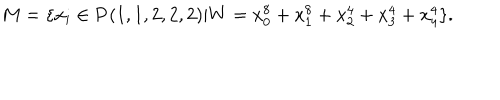
LaTeX: M = \{ x _ { i } \in { \bf P } ( 1 , 1 , 2 , 2 , 2 ) | W = x _ { 0 } ^ { 8 } + x _ { 1 } ^ { 8 } + x _ { 2 } ^ { 4 } + x _ { 3 } ^ { 4 } + x _ { 4 } ^ { 4 } \} .